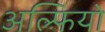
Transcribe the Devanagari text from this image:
अल्फियो